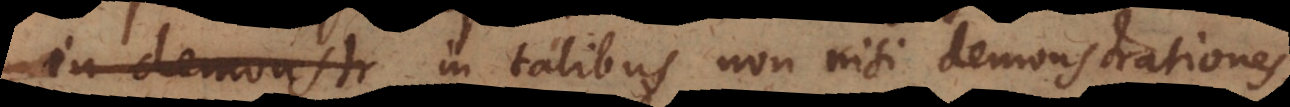
in demonstr talibus non nisi demonstrationes